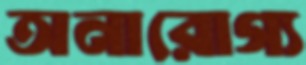
অনারোগ্য